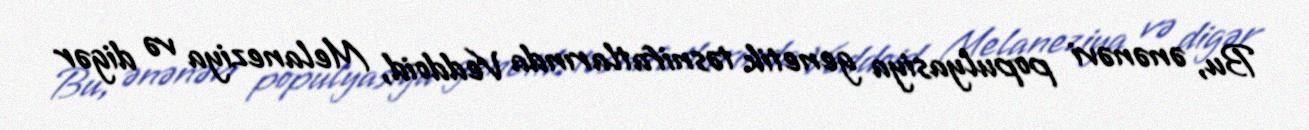
Bu, ənənəvi populyasiya genetik təsnifatlarında Veddoid, Melaneziya və digər